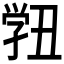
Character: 𭓓